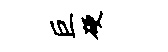
巨硬